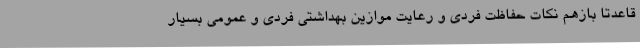
قاعدتا بازهم نکات حفاظت فردی و رعایت موازین بهداشتی فردی و عمومی بسیار